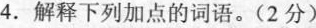
4.解释下列加点的词语。(2分)